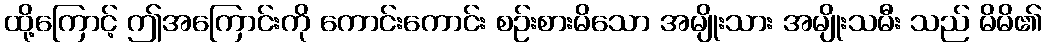
ထို့ကြောင့် ဤအကြောင်းကို ကောင်းကောင်း စဉ်းစားမိသော အမျိုးသား အမျိုးသမီး သည် မိမိ၏